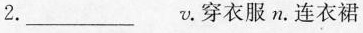
2.___v。穿衣服n。连衣裙